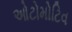
ઓટોમોટિવ